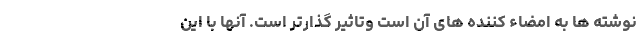
نوشته ها به امضاء کننده های آن است وتاثیر گذارتر است. آنها با این